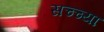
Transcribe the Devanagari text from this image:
सच्च्या